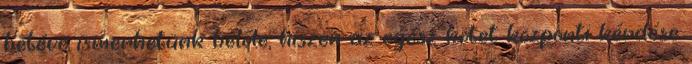
betéve ismerhetünk belőle, hiszen az egész kötet központi kérdése